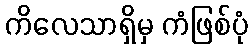
ကိလေသာရှိမှ ကံဖြစ်ပုံ